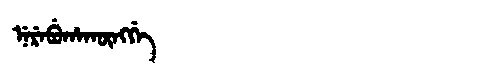
Manchu: ᠨᡝᡵᡝᠪᡠᡥᠠᡴᡡᠩᡤᡝ
Romanization: NEREBUHAKŪNGGE